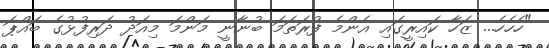
"ހެހެހެ... ޒަހާ ކައިރީގައި އެންމެ ފުރަތަމަ ބުނާނީ މަންމަ މިއަދު ދަރިފުޅުގެ ބައްޕަ